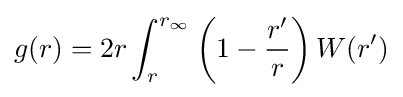
g(r)=2r\int _{r}^{r_{\infty }}\left(1-{\frac {r^{\prime }}{r}}\right)W(r^{\prime })